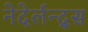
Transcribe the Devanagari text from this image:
नेदेर्लन्द्स